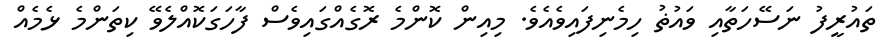
ތައުރީފު ނަސޭހަތާއި ވައުޡު ހިމެނިފައިވެއެވެ. މިއިން ކޮންމެ ރޮގެއްގައިވެސް ފާހަގަކޮއްލެވޭ ކިތަންމެ ޅެމެއް